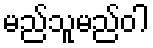
မည်သူမည်ဝါ